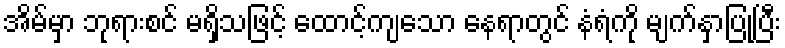
အိမ်မှာ ဘုရားစင် မရှိသဖြင့် ထောင့်ကျသော နေရာတွင် နံရံကို မျက်နှာပြုပြီး